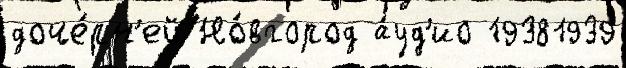
доче́рн'ей Но́вгород а́уд'ио 19381939